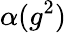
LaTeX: \alpha(g^{2})